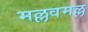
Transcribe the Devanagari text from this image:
मल्लवमल्ल